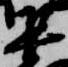
集